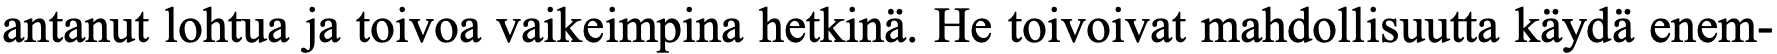
antanut lohtua ja toivoa vaikeimpina hetkinä. He toivoivat mahdollisuutta käydä enem-